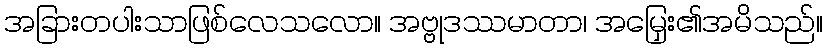
အခြားတပါးသာဖြစ်လေသလော။ အဗ္ဗုဒဿမာတာ၊ အမြှေး၏အမိသည်။